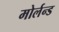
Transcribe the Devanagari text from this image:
मोर्लन्ड